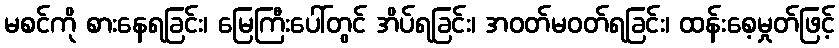
မစင်ကို စားနေရခြင်း၊ မြေကြီးပေါ်တွင် အိပ်ရခြင်း၊ အဝတ်မဝတ်ရခြင်း၊ ထန်းစေ့မှုတ်ဖြင့်